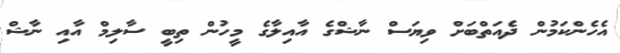
އެހެންކަމުން ދެއަތްބަށް ވިޔަސް ނާޝްގެ އާއިލާގެ މީހުން ތިބީ ސާލިމް އާއި ނާޝް